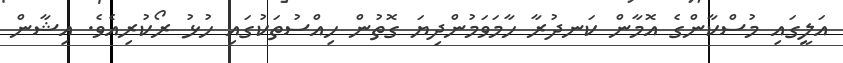
އަލީގައި މުސްކާންގެ އޮމާން ކަނދުރާ ހާމަވަމުންދިޔަ ގޮތުން ހިއްސުތަކުގައި ހުޅު ރޯކުރިއެވެ. އިޝާން